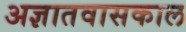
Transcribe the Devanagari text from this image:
अज्ञातवासकाल